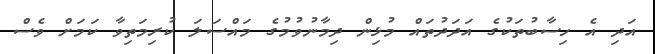
އަދި އެ ހިސާބުތަކުގެ އަދަދުތައް މުޅިން ދިމާނުވުމުގެ މައްސަލަ ކުރިމަތިވާ ކަމަށް ވެސް